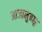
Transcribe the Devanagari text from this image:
आजानुबाहु